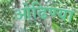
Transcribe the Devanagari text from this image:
ओढिण्या